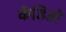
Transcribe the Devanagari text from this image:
केंडिडो